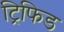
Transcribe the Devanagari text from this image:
ट्रिफिड